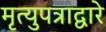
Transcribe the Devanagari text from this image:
मृत्युपत्राद्वारे